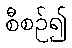
စီစဉ်၍